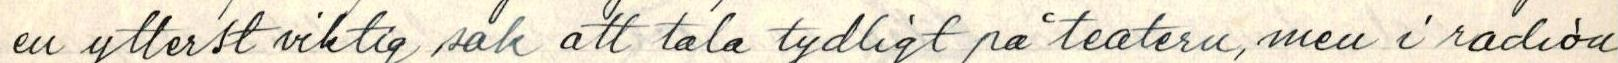
en ytterst viktig sak att tala tydligt på teatern, men i radion